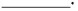
___.